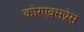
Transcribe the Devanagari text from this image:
कोरएक्सप्रेस